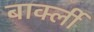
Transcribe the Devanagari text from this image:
बार्क्ली